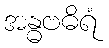
အန္ဓဗဓိရံ